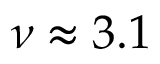
\nu \approx 3 . 1